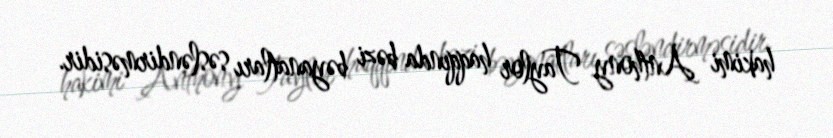
hakimi Anthony Taylor haqqında bəzi bəyanatları səsləndirməsidir.